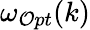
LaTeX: \omega_{\mathcal{O}pt}(k)